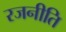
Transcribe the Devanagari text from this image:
रजनीति